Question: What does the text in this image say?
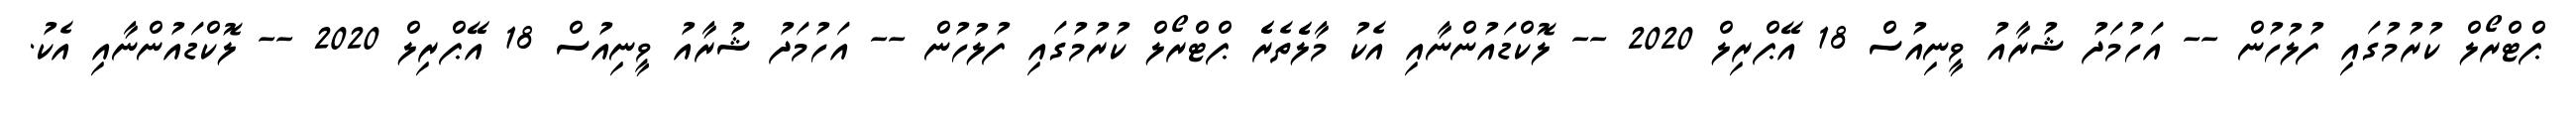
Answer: ޕްޓްރޯލް ކުރުމުގައި ފުލުހުން -- އަހުމަދު ޝުރާއު ވީނިއުސް 18 އޭޕްރިލް 2020 -- ލޮކްޑައުންނާއި އެކު މާލެެތެރެެ ޕްޓްރޯލް ކުރުމުގައި ފުލުހުން -- އަހުމަދު ޝުރާއު ވީނިއުސް 18 އޭޕްރިލް 2020 -- ލޮކްޑައުންނާއި އެކު.